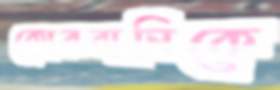
কোরবানিকে